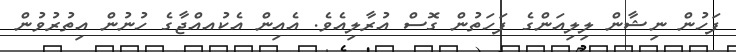
ފަހުން ނިޝާން ލިލިއަންގެ ފަހަތުން ގޮސް އުރާލިއެވެ. އެއިން އެކުއއްޖާގެ ހުނުން އިތުރުވުން